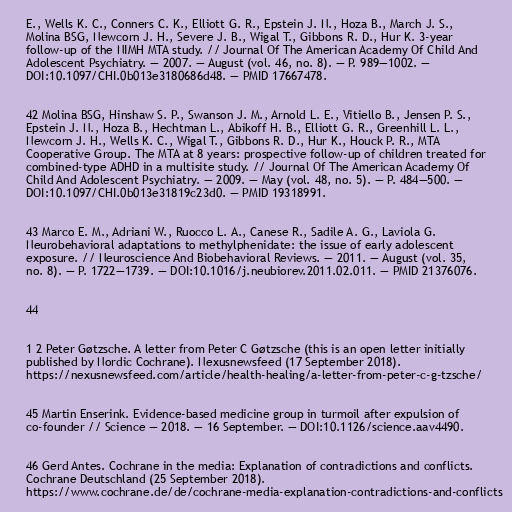
E., Wells K. C., Conners C. K., Elliott G. R., Epstein J. N., Hoza B., March J. S.,
Molina BSG, Newcorn J. H., Severe J. B., Wigal T., Gibbons R. D., Hur K. 3-year
follow-up of the NIMH MTA study. // Journal Of The American Academy Of Child And
Adolescent Psychiatry. — 2007. — August (vol. 46, no. 8). — P. 989—1002. —
DOI:10.1097/CHI.0b013e3180686d48. — PMID 17667478.

42 Molina BSG, Hinshaw S. P., Swanson J. M., Arnold L. E., Vitiello B., Jensen P. S.,
Epstein J. N., Hoza B., Hechtman L., Abikoff H. B., Elliott G. R., Greenhill L. L.,
Newcorn J. H., Wells K. C., Wigal T., Gibbons R. D., Hur K., Houck P. R., MTA
Cooperative Group. The MTA at 8 years: prospective follow-up of children treated for
combined-type ADHD in a multisite study. // Journal Of The American Academy Of
Child And Adolescent Psychiatry. — 2009. — May (vol. 48, no. 5). — P. 484—500. —
DOI:10.1097/CHI.0b013e31819c23d0. — PMID 19318991.

43 Marco E. M., Adriani W., Ruocco L. A., Canese R., Sadile A. G., Laviola G.
Neurobehavioral adaptations to methylphenidate: the issue of early adolescent
exposure. // Neuroscience And Biobehavioral Reviews. — 2011. — August (vol. 35,
no. 8). — P. 1722—1739. — DOI:10.1016/j.neubiorev.2011.02.011. — PMID 21376076.

44

1 2 Peter Gøtzsche. A letter from Peter C Gøtzsche (this is an open letter initially
published by Nordic Cochrane). Nexusnewsfeed (17 September 2018).
https://nexusnewsfeed.com/article/health-healing/a-letter-from-peter-c-g-tzsche/

45 Martin Enserink. Evidence-based medicine group in turmoil after expulsion of
co-founder // Science — 2018. — 16 September. — DOI:10.1126/science.aav4490.

46 Gerd Antes. Cochrane in the media: Explanation of contradictions and conflicts.
Cochrane Deutschland (25 September 2018).
https://www.cochrane.de/de/cochrane-media-explanation-contradictions-and-conflicts